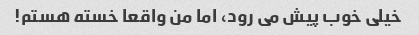
خیلی خوب پیش می رود، اما من واقعا خسته هستم!